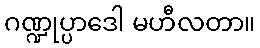
ဂဏ္ဍုပ္ပာဒေါ မဟီလတာ။